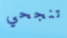
تنجحي